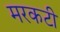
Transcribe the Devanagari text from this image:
मरकटी